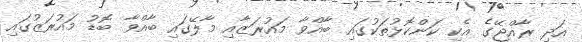
އަދި ރާއްޖޭގެ އެކި ކަންކޮޅުތަކުގައި ބާއްވާ މައުރަޒާއި މާލޭގައި ބާއްވާ ބޮޑު މައުރަޒުގައި